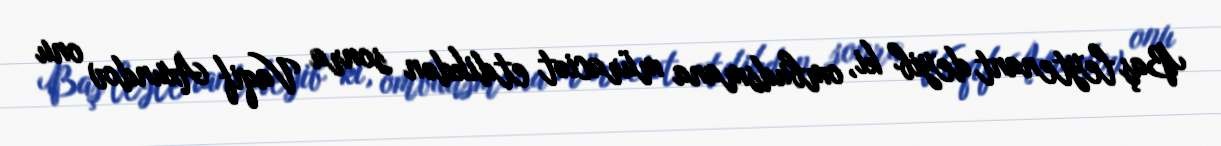
Baş leytenant deyib ki, ombudsmana müraciət etdikdən sonra Vaqif Axundov onu